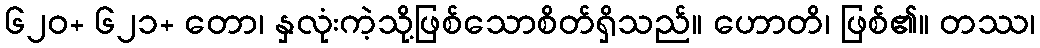
၆၂၀+ ၆၂၁+ တော၊ နှလုံးကဲ့သို့ဖြစ်သောစိတ်ရှိသည်။ ဟောတိ၊ ဖြစ်၏။ တဿ၊